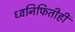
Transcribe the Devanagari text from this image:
ध्वनिफितीही